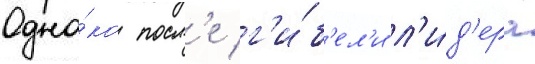
Одна́ко посл'е г'и́б'ел'и л'и́д'ера